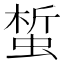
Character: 蜤